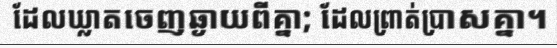
ដែលឃ្លាតចេញឆ្ងាយពីគ្នា; ដែលព្រាត់ប្រាសគ្នា។